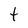
Character: t